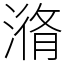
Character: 潃